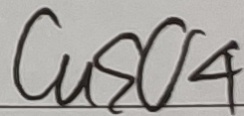
C a S O _ { 4 }